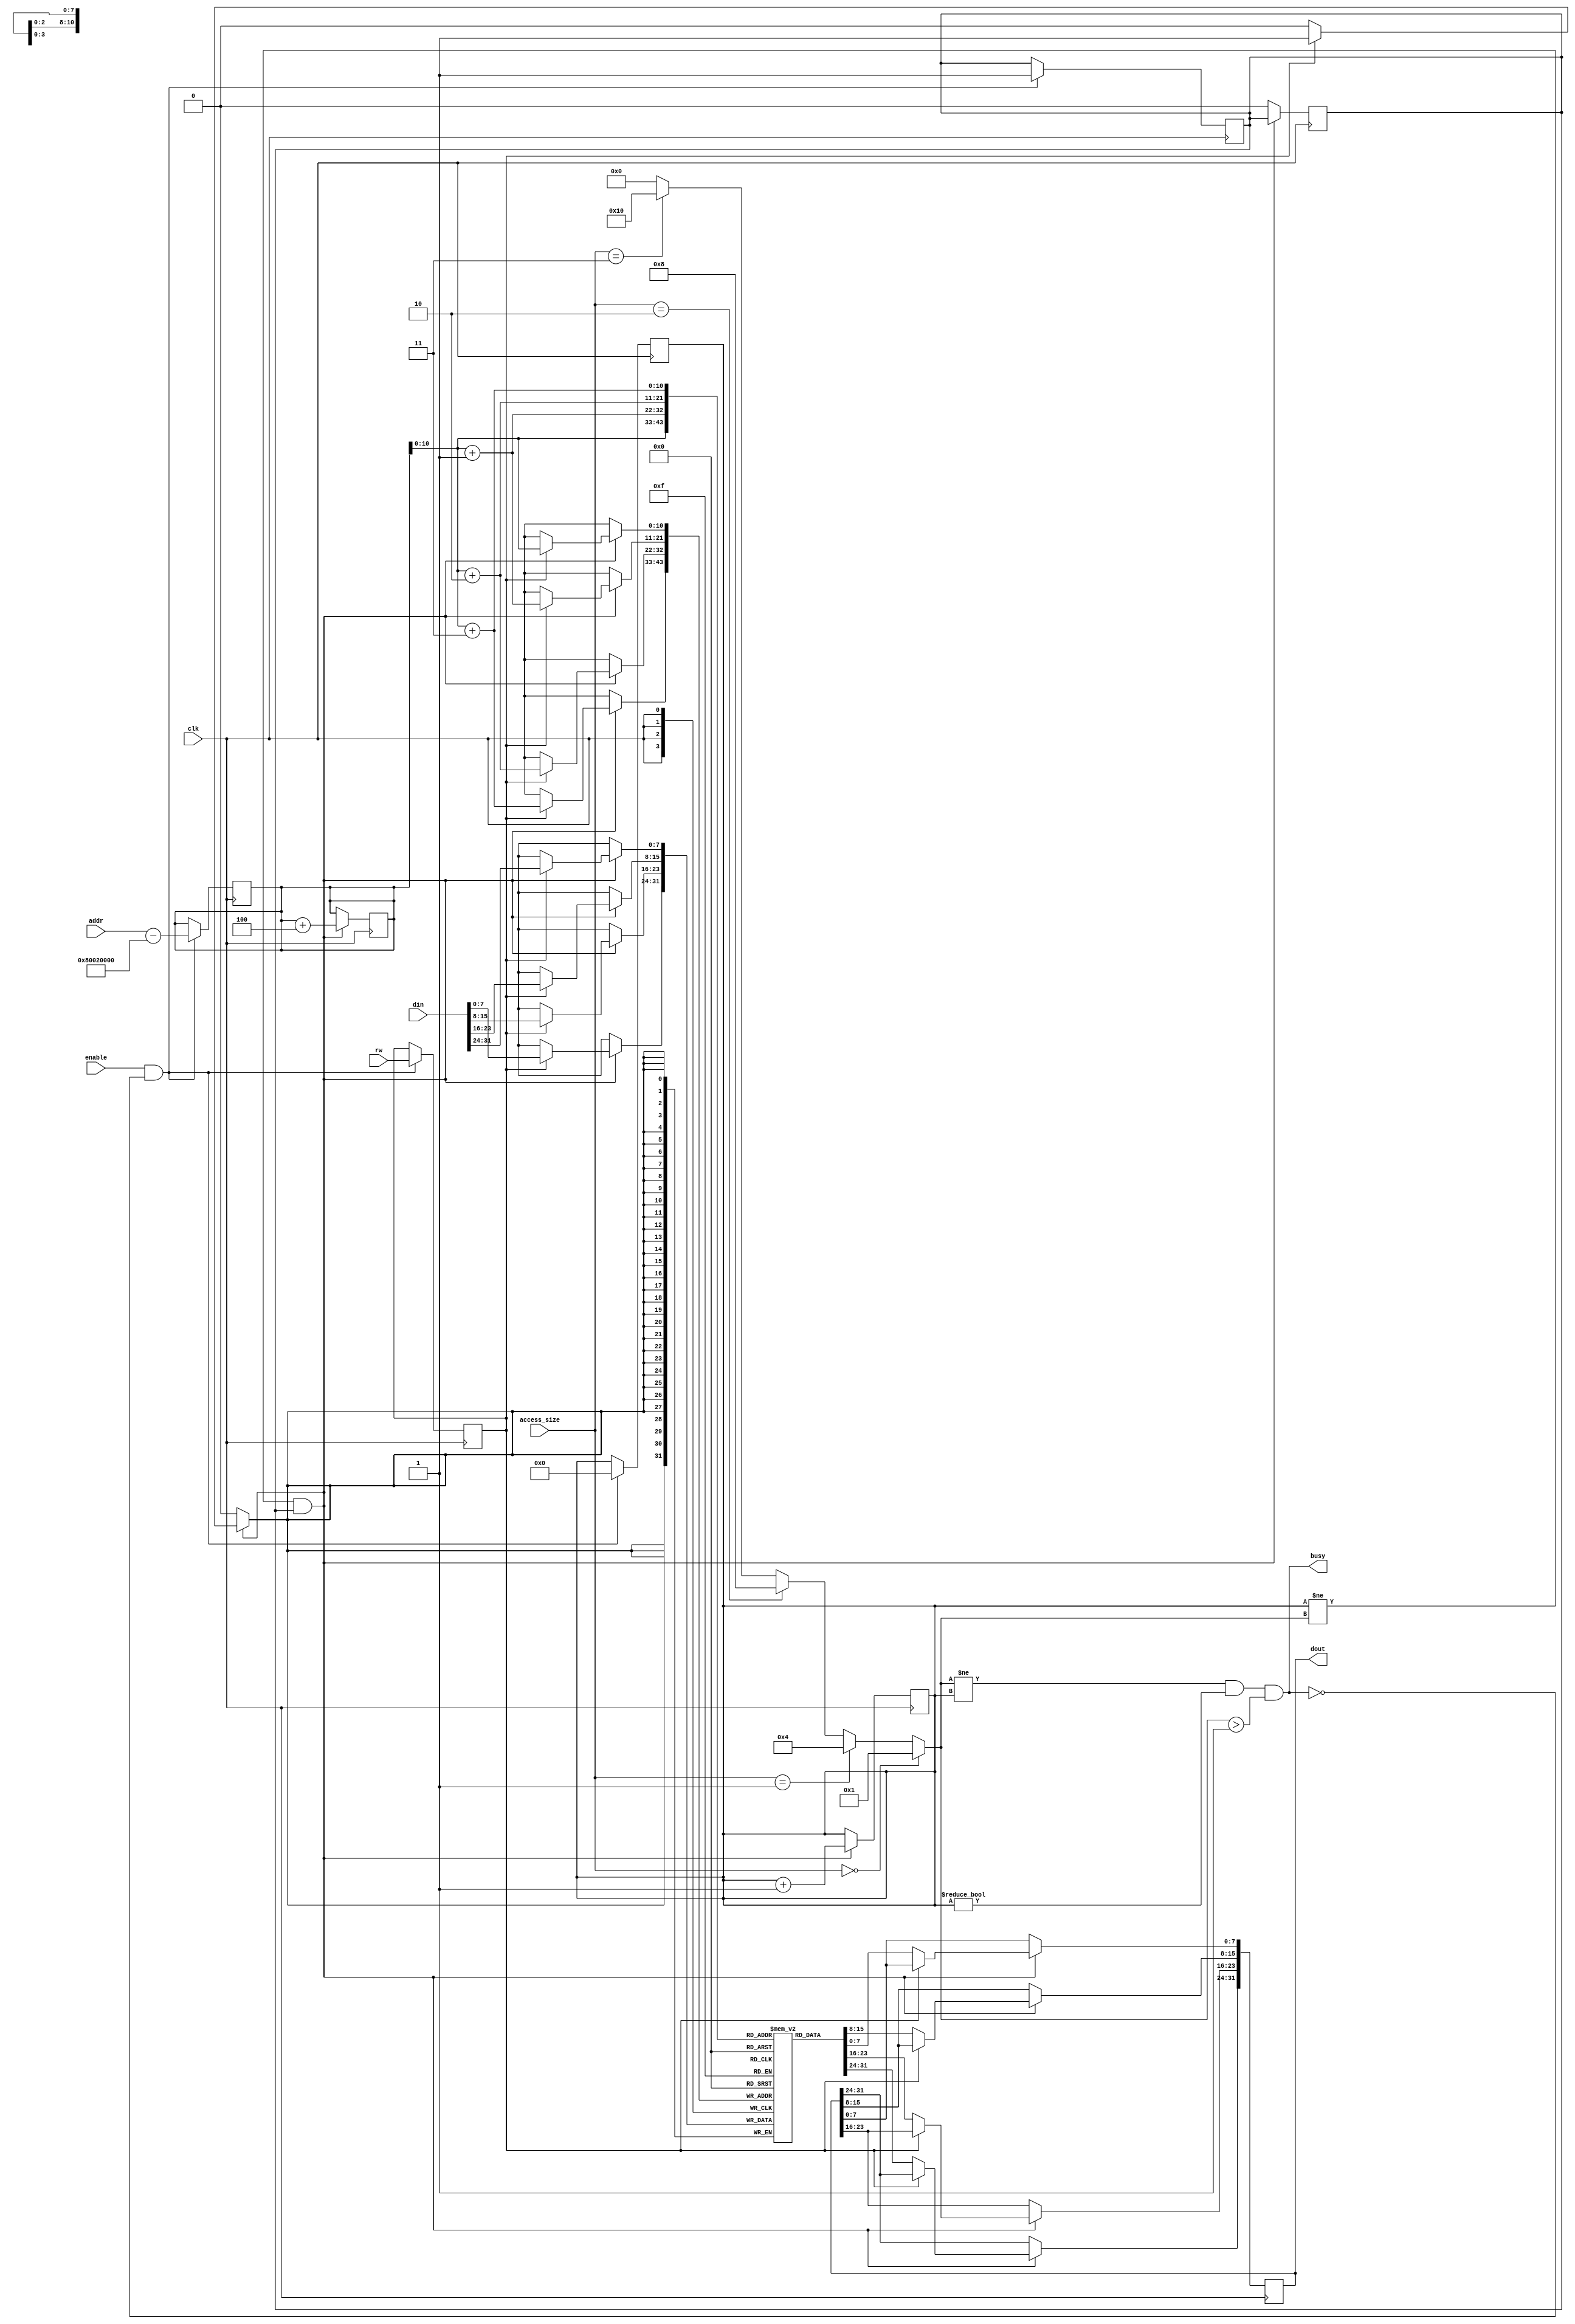
module mips_memory (clk, addr, din, dout, access_size, rw, busy, enable);

parameter MEMSIZE = 1024;
parameter START_ADDR = 32'h8002_0000; // h80020000

// input
	input         clk;
	input [31:0]  addr;
	input [31:0]  din;
	input [1:0]   access_size;
	input 	      rw; //1 is write, 0 is read
	input	      enable;

// output
	output 	      busy;
	output [31:0] dout;

	reg    [31:0] dout_driver;
	wire   [31:0] dout = dout_driver;

	wire	      busy;
	
// memory
	reg    [7:0]  mem[0:MEMSIZE];

// local variables
	wire	      should_respond;	// = enable & !busy
	wire [4:0]    cycles_remaining;	// = 1, 4, 8, 16 for rw = 00, 01, 10, 11
	reg  [7:0]    cycle_counter = 0;
	reg	      operating;
	reg  [31:0]   current_addr = 0;	// increment by 1 after each cycle
	reg	      current_rw = 0;	// saves rw status for cycles to come
	
// combinational 
	assign should_respond = (enable & !busy);
	assign cycles_remaining = (access_size == 2'b00) ? 1 : ((access_size == 2'b01) ? 4 : ((access_size == 2'b10) ? 8 : ((access_size == 2'b11) ? 16 : 0 ))); 
	assign busy = (cycles_remaining != cycle_counter) & (cycle_counter != 0) & (cycles_remaining > 1);

// set up
	/*integer       i;

	initial
	begin
		cycle_counter = 0;
		current_addr = 0;
		current_rw = 0;
		
		for (i=0; i<180; i=i+1)
      			mem[i] <= 0;
    	end*/
	
// procedural

// do r/w, use local variables
	always @(posedge clk)
	begin
		// if first cycle, set address + cycle + rw
		if (should_respond == 1'b1)
		begin
			current_rw = rw;
			current_addr = (addr - START_ADDR); //Convert to internal addresses
			cycle_counter = 0;
			operating = 1;
		end
	end

	always @(negedge clk)
	begin
		if (cycle_counter != cycles_remaining && operating == 1)
		begin
			if (current_rw == 1'b1)
			begin
				//Do write, needs to support various "access_size"
				mem[current_addr]   <= din[31:24];   // MSB
				mem[current_addr+1] <= din[23:16];
				mem[current_addr+2] <= din[15:8];
				mem[current_addr+3] <= din[7:0]; // LSB
			end
			else
			begin
				//Do read, needs to support various "access_size"
				dout_driver[31:24] <= mem[current_addr];   // MSB
				dout_driver[23:16] <= mem[current_addr+1];
				dout_driver[15:8]  <= mem[current_addr+2];
				dout_driver[7:0]   <= mem[current_addr+3]; // LSB
			end
			cycle_counter = cycle_counter + 1;
			current_addr = current_addr + 4;
		end
		else
		begin
			operating = 0;
		end
	end

endmodule